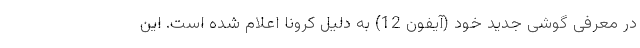
در معرفی گوشی جدید خود (آیفون 12) به دلیل کرونا اعلام شده است. این